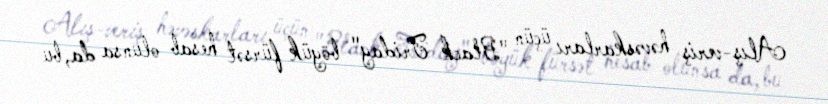
Alış-veriş həvəskarları üçün "Black Friday" böyük fürsət hesab olunsa da, bu